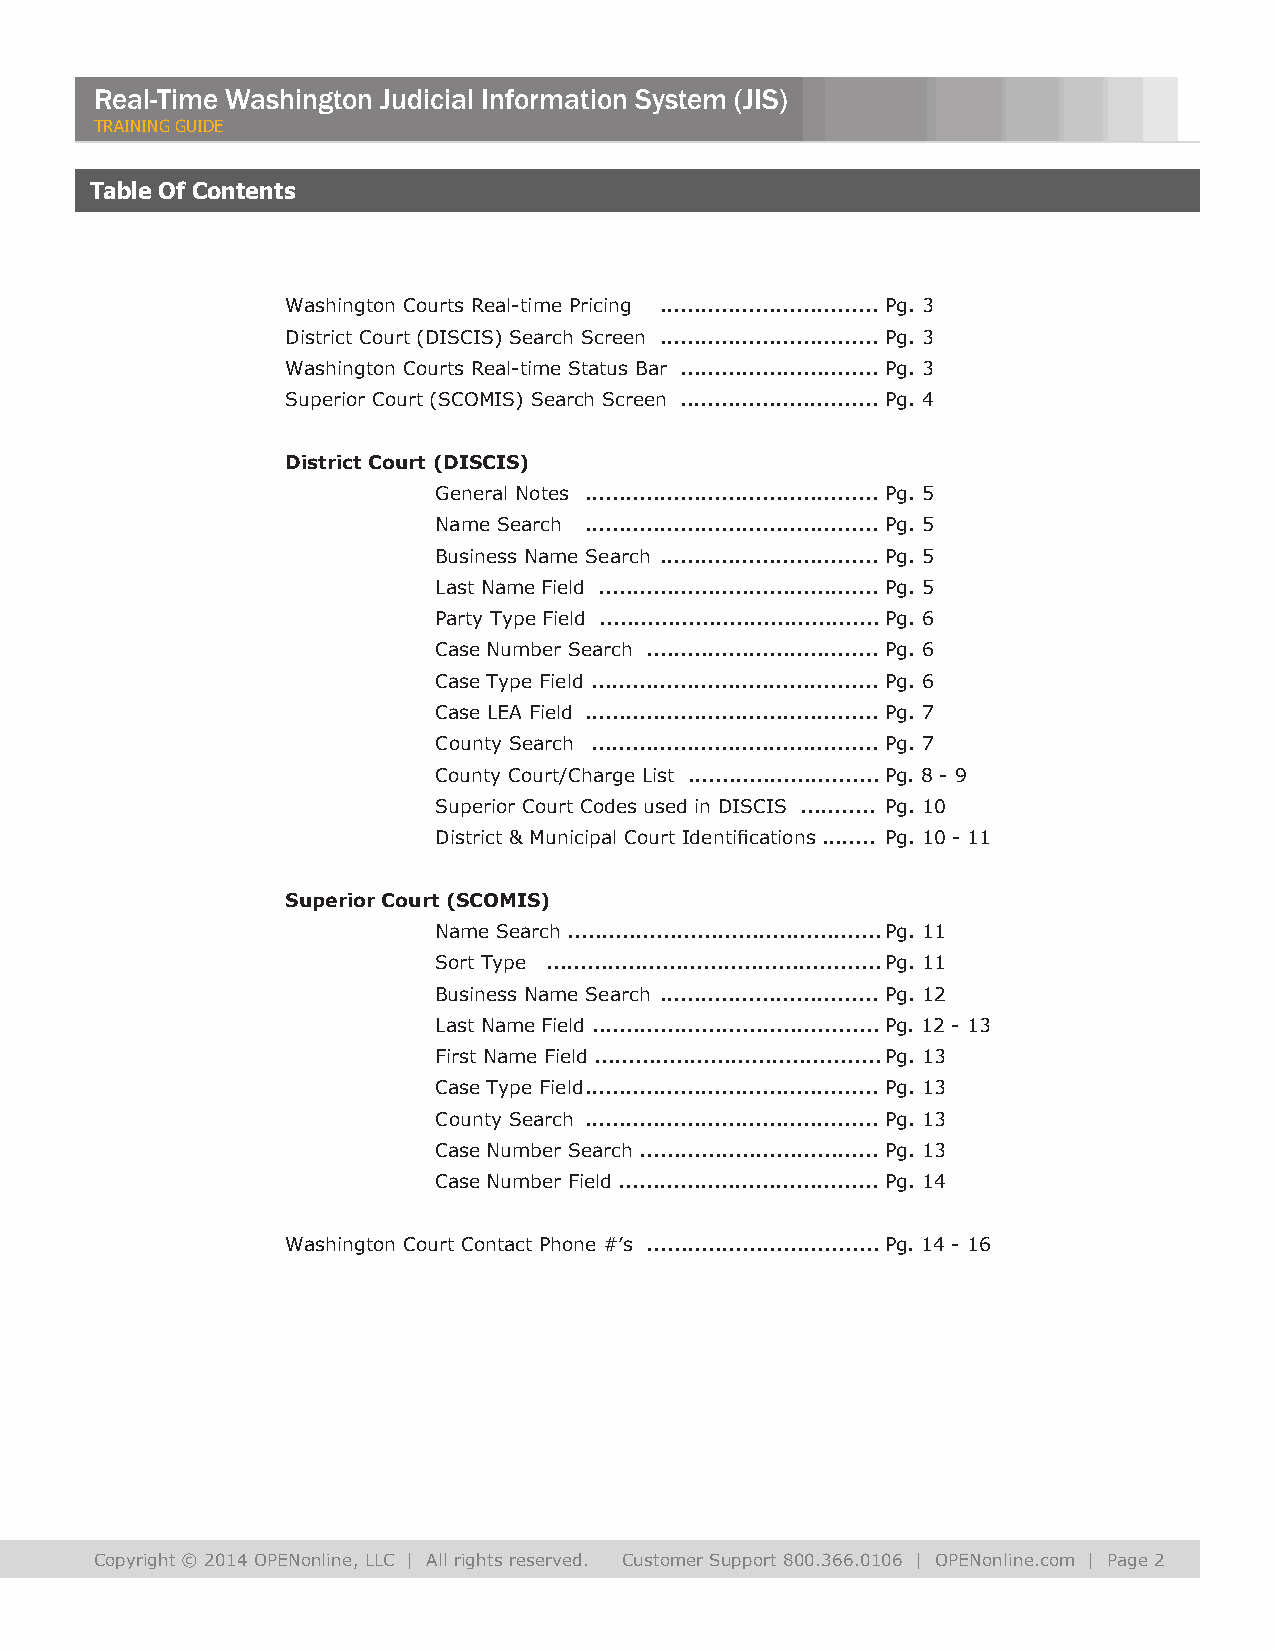
Real-Time Washington Judicial Information System (JIS)
 TRAINING GUIDE
 Table Of Contents
 Washington Courts Real-time Pricing ................................ Pg. 3
 District Court (DISCIS) Search Screen ................................ Pg. 3
 Washington Courts Real-time Status Bar ............................. Pg. 3
 Superior Court (SCOMIS) Search Screen ............................. Pg. 4
 District Court (DISCIS)
 General Notes ........................................... Pg. 5
 Name Search ........................................... Pg. 5
 Business Name Search ................................ Pg. 5
 Last Name Field ......................................... Pg. 5
 Party Type Field ......................................... Pg. 6
 Case Number Search .................................. Pg. 6
 Case Type Field .......................................... Pg. 6
 Case LEA Field ........................................... Pg. 7
 County Search .......................................... Pg. 7
 County Court/Charge List ............................ Pg. 8 - 9
 Superior Court Codes used in DISCIS ........... Pg. 10
 District & Municipal Court Identifications ........ Pg. 10 - 11
 Superior Court (SCOMIS)
 Name Search .............................................. Pg. 11
 Sort Type ................................................. Pg. 11
 Business Name Search ................................ Pg. 12
 Last Name Field .......................................... Pg. 12 - 13
 First Name Field .......................................... Pg. 13
 Case Type Field ........................................... Pg. 13
 County Search ........................................... Pg. 13
 Case Number Search ................................... Pg. 13
 Case Number Field ...................................... Pg. 14
 Washington Court Contact Phone #’s .................................. Pg. 14 - 16
 Copyright © 2014 OPENonline, LLC | All rights reserved. Customer Support 800.366.0106 | OPENonline.com | Page 2